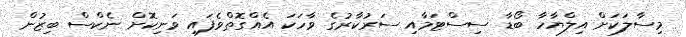
މިސާލަކަށް އިލްޔާހާ ބޯޑާ ސިސްޓަމާއި ސަރުކާރުގެ ވާހަކަ އެއްގޮތްވެފައި ވަނިކޮށް ނެކްސް ބިޒުން